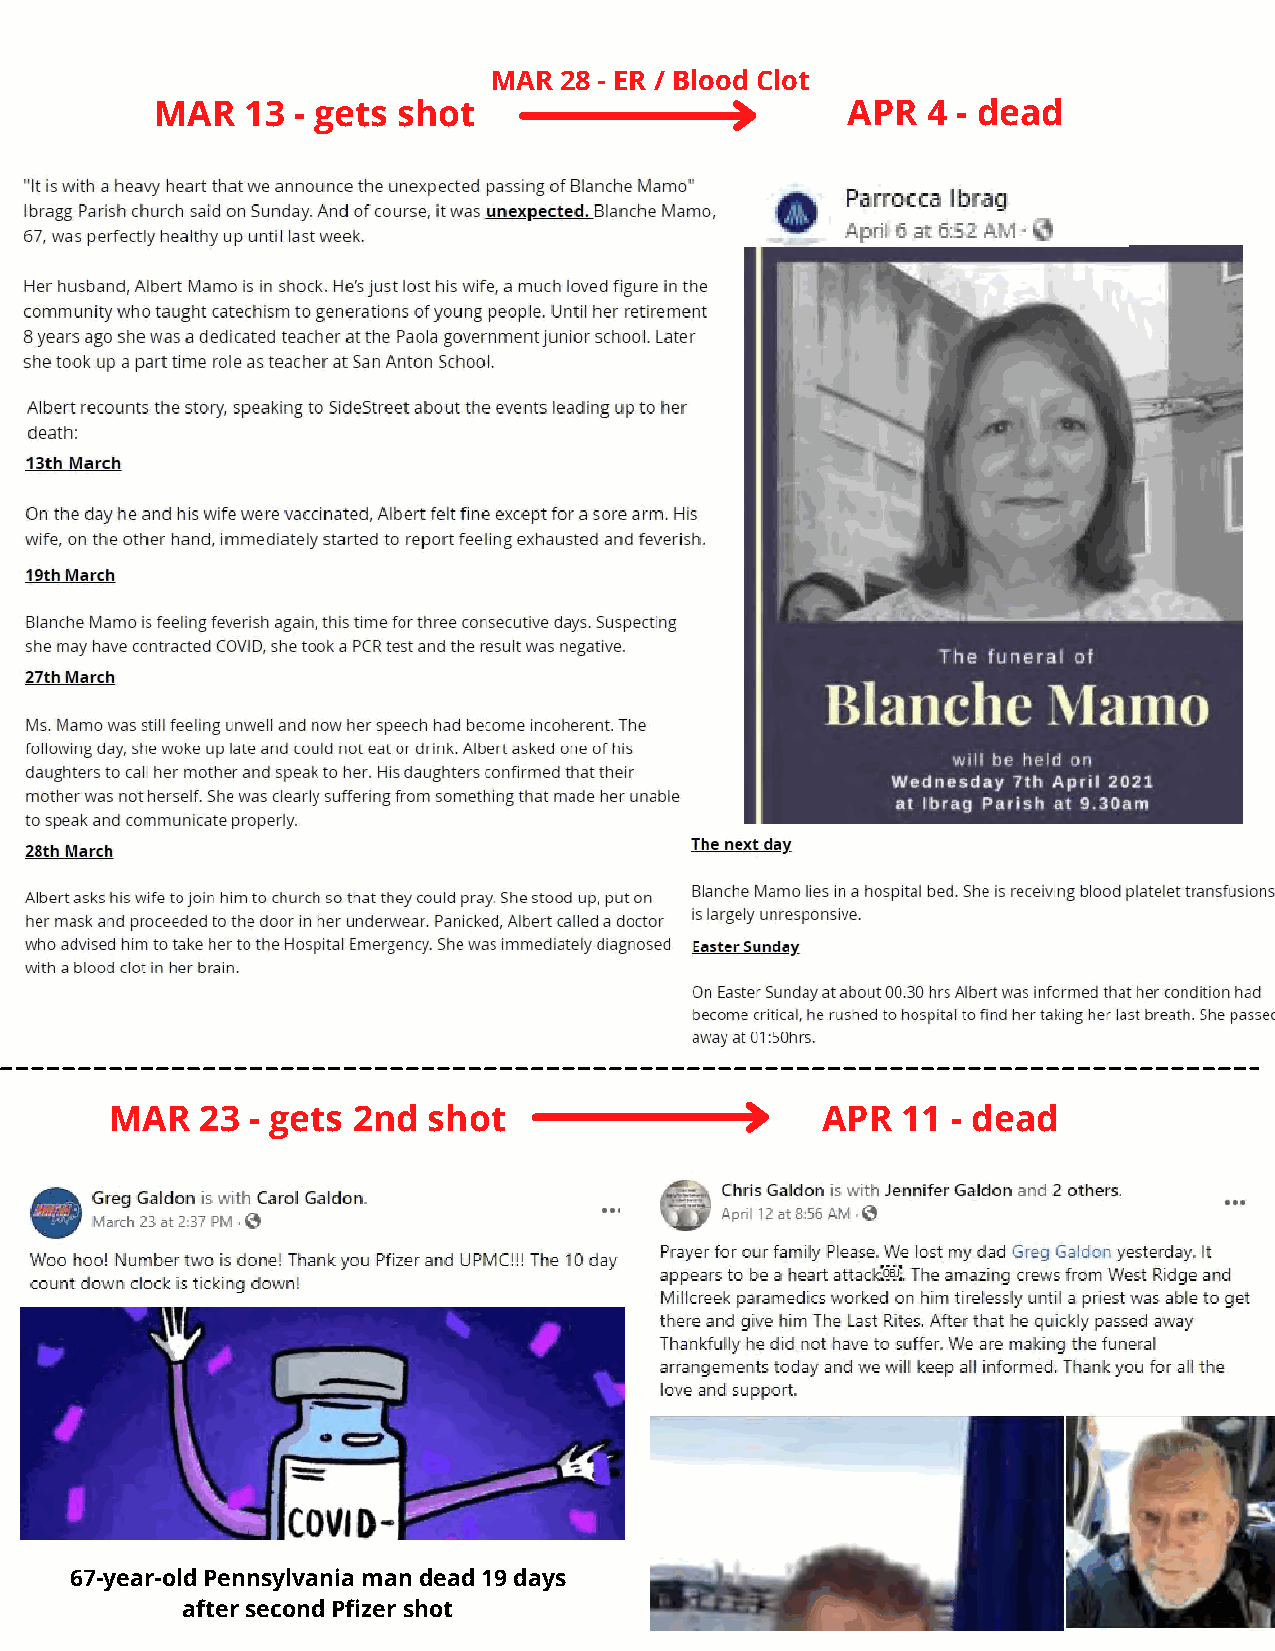
MAR  28 - ER / Blood Clot
 MAR   13 - gets shot                          APR  4 - dead
 MAR   23 - gets 2nd  shot                      APR   11 - dead
 67-year-old Pennsylvania man dead 19 days
 after second Pfizer shot